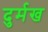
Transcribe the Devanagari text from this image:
दुर्मख